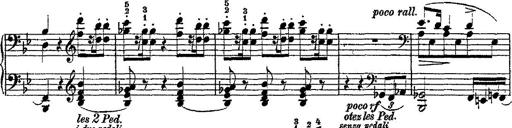
Title: Fantaisie romantique sur deux mÃ©lodies suisses
Composer: Franz Liszt